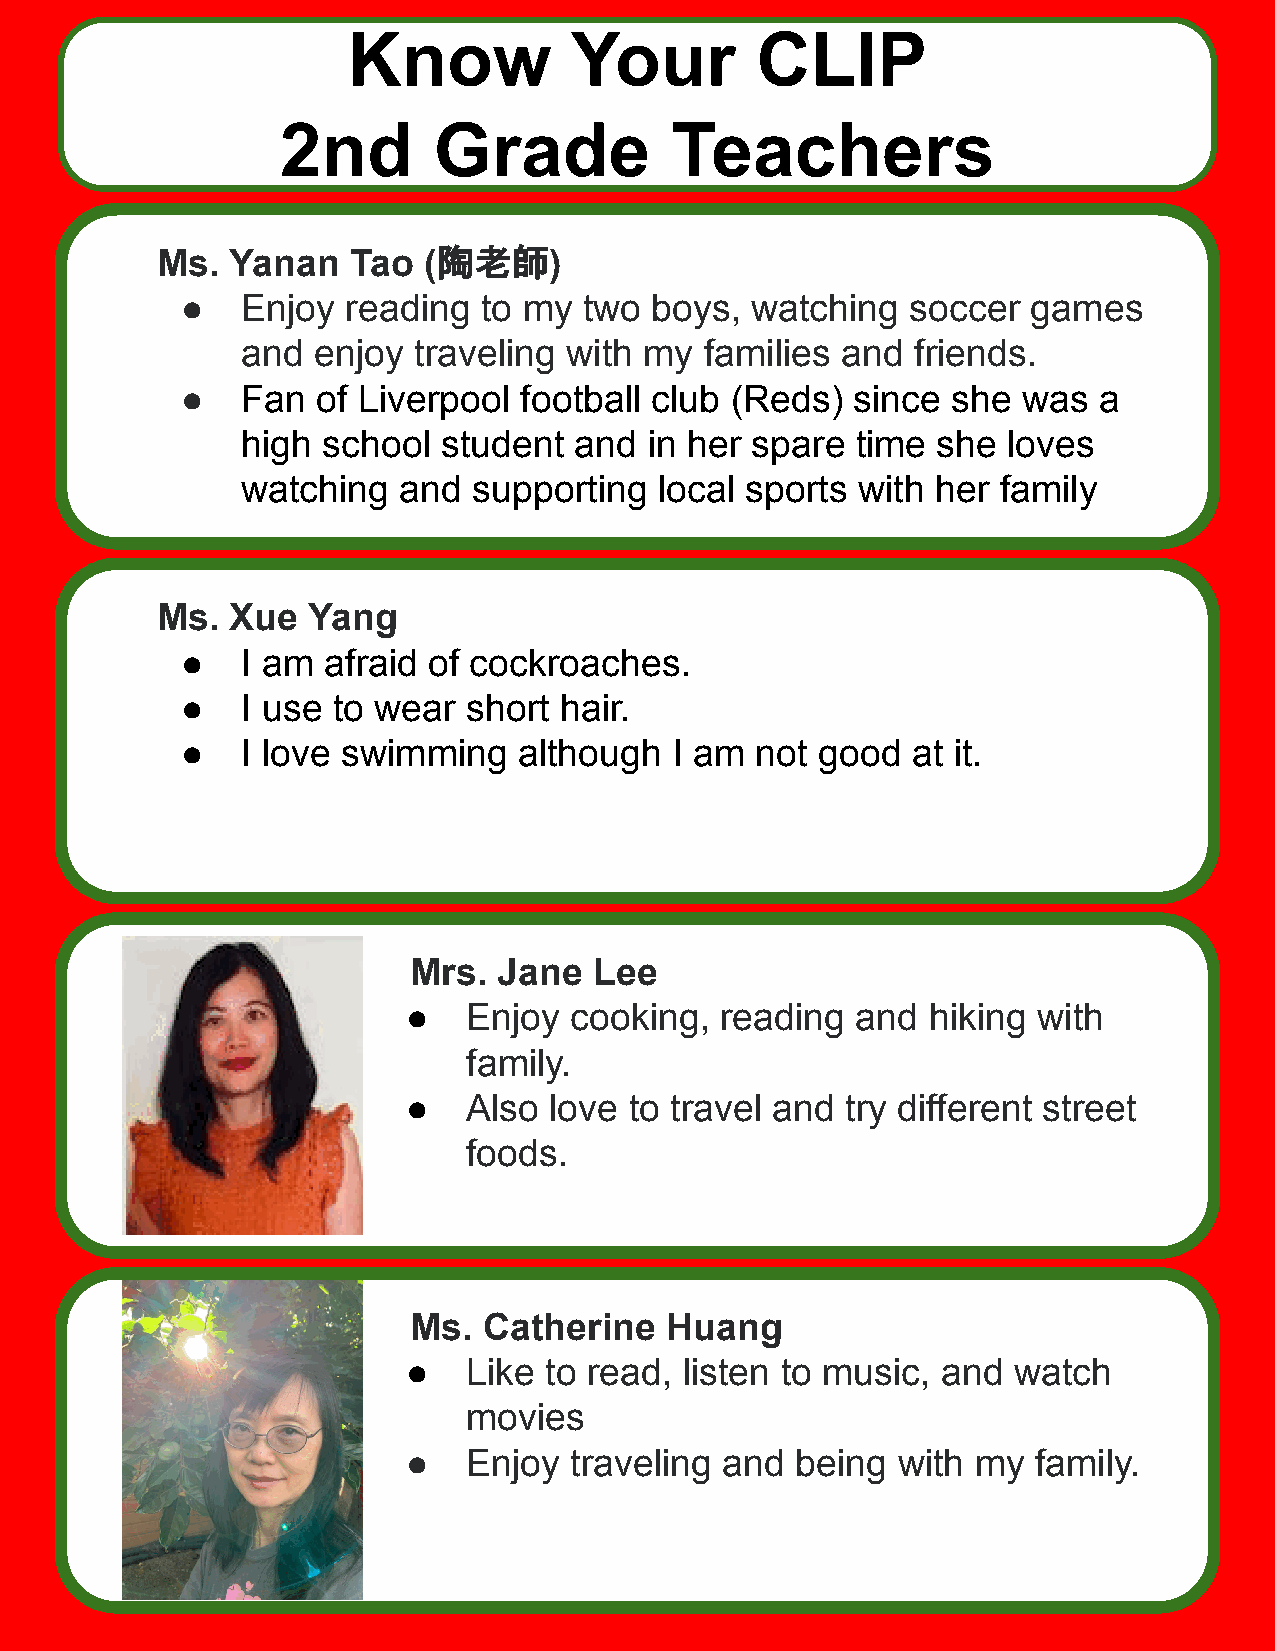
Know           Your        CLIP
 2nd       Grade          Teachers
 Ms.  Yanan   Tao  (陶老師)
 ●   Enjoy  reading  to my  two boys,  watching  soccer  games
 and  enjoy traveling with  my  families and  friends.
 ●   Fan  of Liverpool football club (Reds)   since she  was  a
 high school  student  and  in her spare  time she  loves
 watching  and  supporting   local sports with her family
 Ms.  Xue  Yang
 ●   I am afraid of cockroaches.
 ●   I use to wear  short hair.
 ●   I love swimming   although   I am not good  at it.
 Mrs.  Jane  Lee
 ●   Enjoy  cooking,  reading  and hiking  with
 family.
 ●   Also love  to travel and try different street
 foods.
 Ms.  Catherine   Huang
 ●   Like to read, listen to music, and  watch
 movies
 ●   Enjoy  traveling and  being with  my  family.